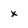
Character: x